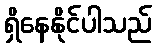
ရှိနေနိုင်ပါသည်